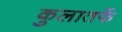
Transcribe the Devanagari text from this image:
कुलातर्फे